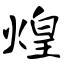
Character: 煌